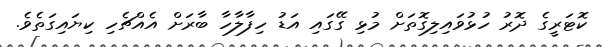
ކޮޓަރީގެ ދޮރު ހުޅުވައިލިގޮތަށް މުޅި ގޭގައި އަޑު ހިފާލާހާ ބާރަށް އެއްޗެހި ކިޔައިގަތެވެ.